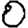
Digit: 0